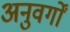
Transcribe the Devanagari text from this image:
अनुवर्गों